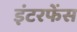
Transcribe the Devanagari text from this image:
इंटरफेंस